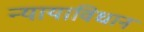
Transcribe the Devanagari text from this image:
न्यायाविधान